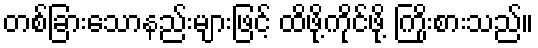
တစ်ခြားသောနည်းများဖြင့် ထိဖို့ကိုင်ဖို့ ကြိုးစားသည်။